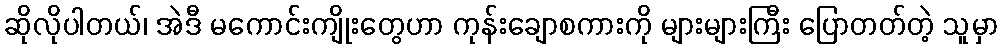
ဆိုလိုပါတယ်၊ အဲဒီ မကောင်းကျိုးတွေဟာ ကုန်းချောစကားကို များများကြီး ပြောတတ်တဲ့ သူမှာ